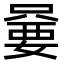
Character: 嘦